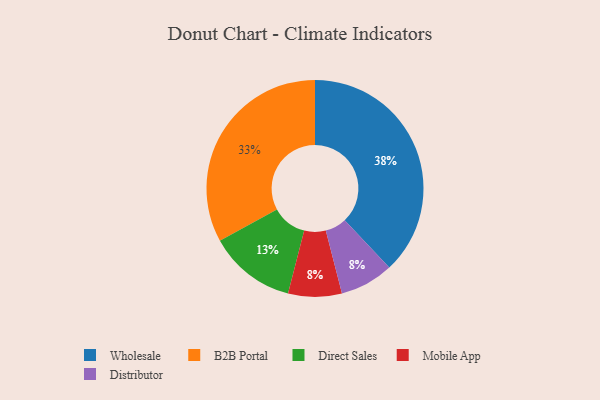
{"axis": {"x": "Category", "y": "Percentage"}, "legend": ["B2B Portal", "Direct Sales", "Distributor", "Mobile App", "Wholesale"], "data": [{"x": "Mobile App", "y": 8, "type": "Mobile App"}, {"x": "Wholesale", "y": 38, "type": "Wholesale"}, {"x": "Direct Sales", "y": 13, "type": "Direct Sales"}, {"x": "B2B Portal", "y": 33, "type": "B2B Portal"}, {"x": "Distributor", "y": 8, "type": "Distributor"}]}